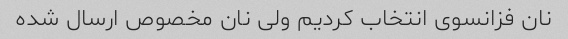
نان فزانسوی انتخاب کردیم ولی نان مخصوص ارسال شده